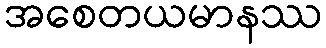
အစေတယမာနဿ